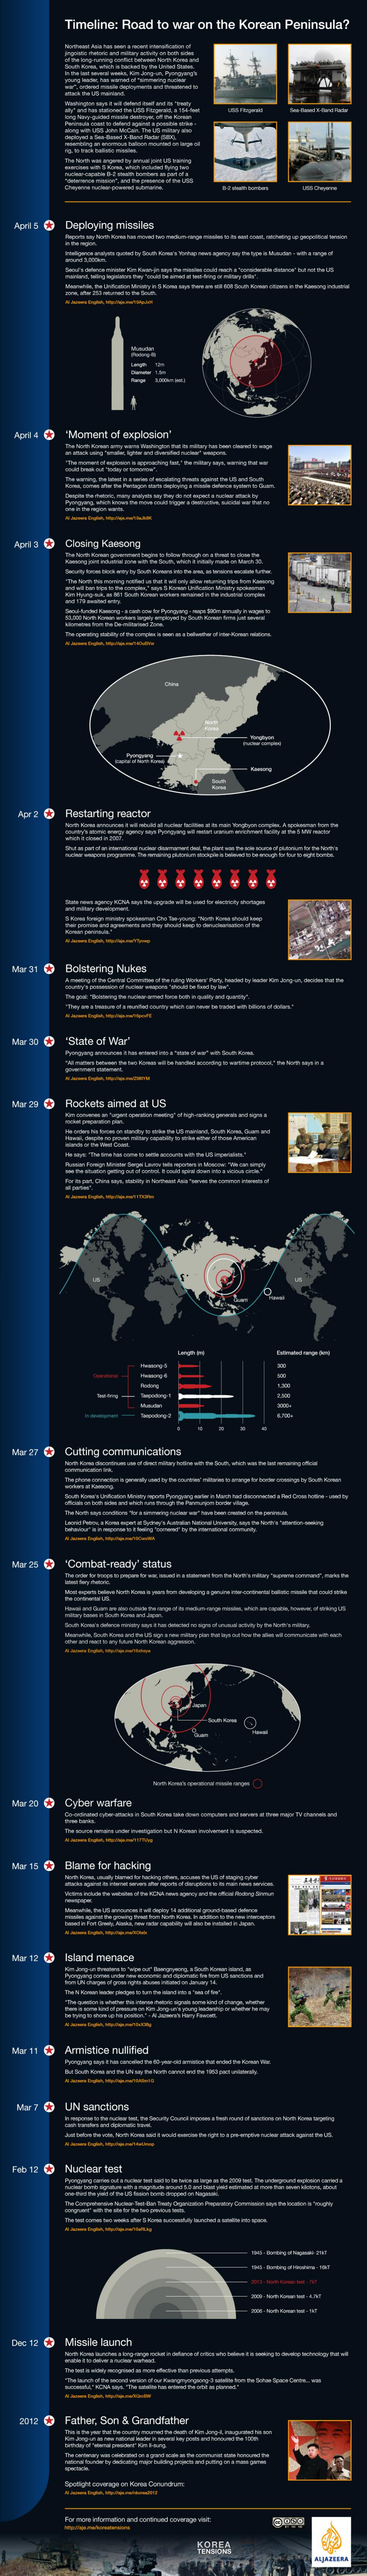
Timeline: Road to war on the Korean Peninsula?
     Deploying missies
     E
     "Moment of explosdon'
     Ciroding Karounng
     Flestarting mactor
     Bolstering Nukes
  Mar 30 "State of War"
  Mar 29 Flockits aimed at US
     -
     Cutting communications
  Mar 25 "Combat-ready' status
     --
  Mar 20 Cybir märfire
  Mar 15 Blame for hacking
     Island menace
     Armistice nullified
   My
     Nuclear test
     ----
  Dec 12 Missile launch
     Father, Son & Grandfather